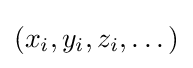
(x_{i},y_{i},z_{i},\dots )